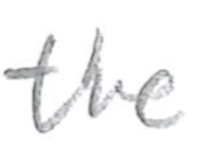
Text: the
Cross-out: clean
Writing tool: pencil